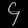
Digit: ၄